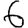
Digit: 6